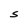
Character: S